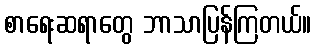
စာရေးဆရာတွေ ဘာသာပြန်ကြတယ်။